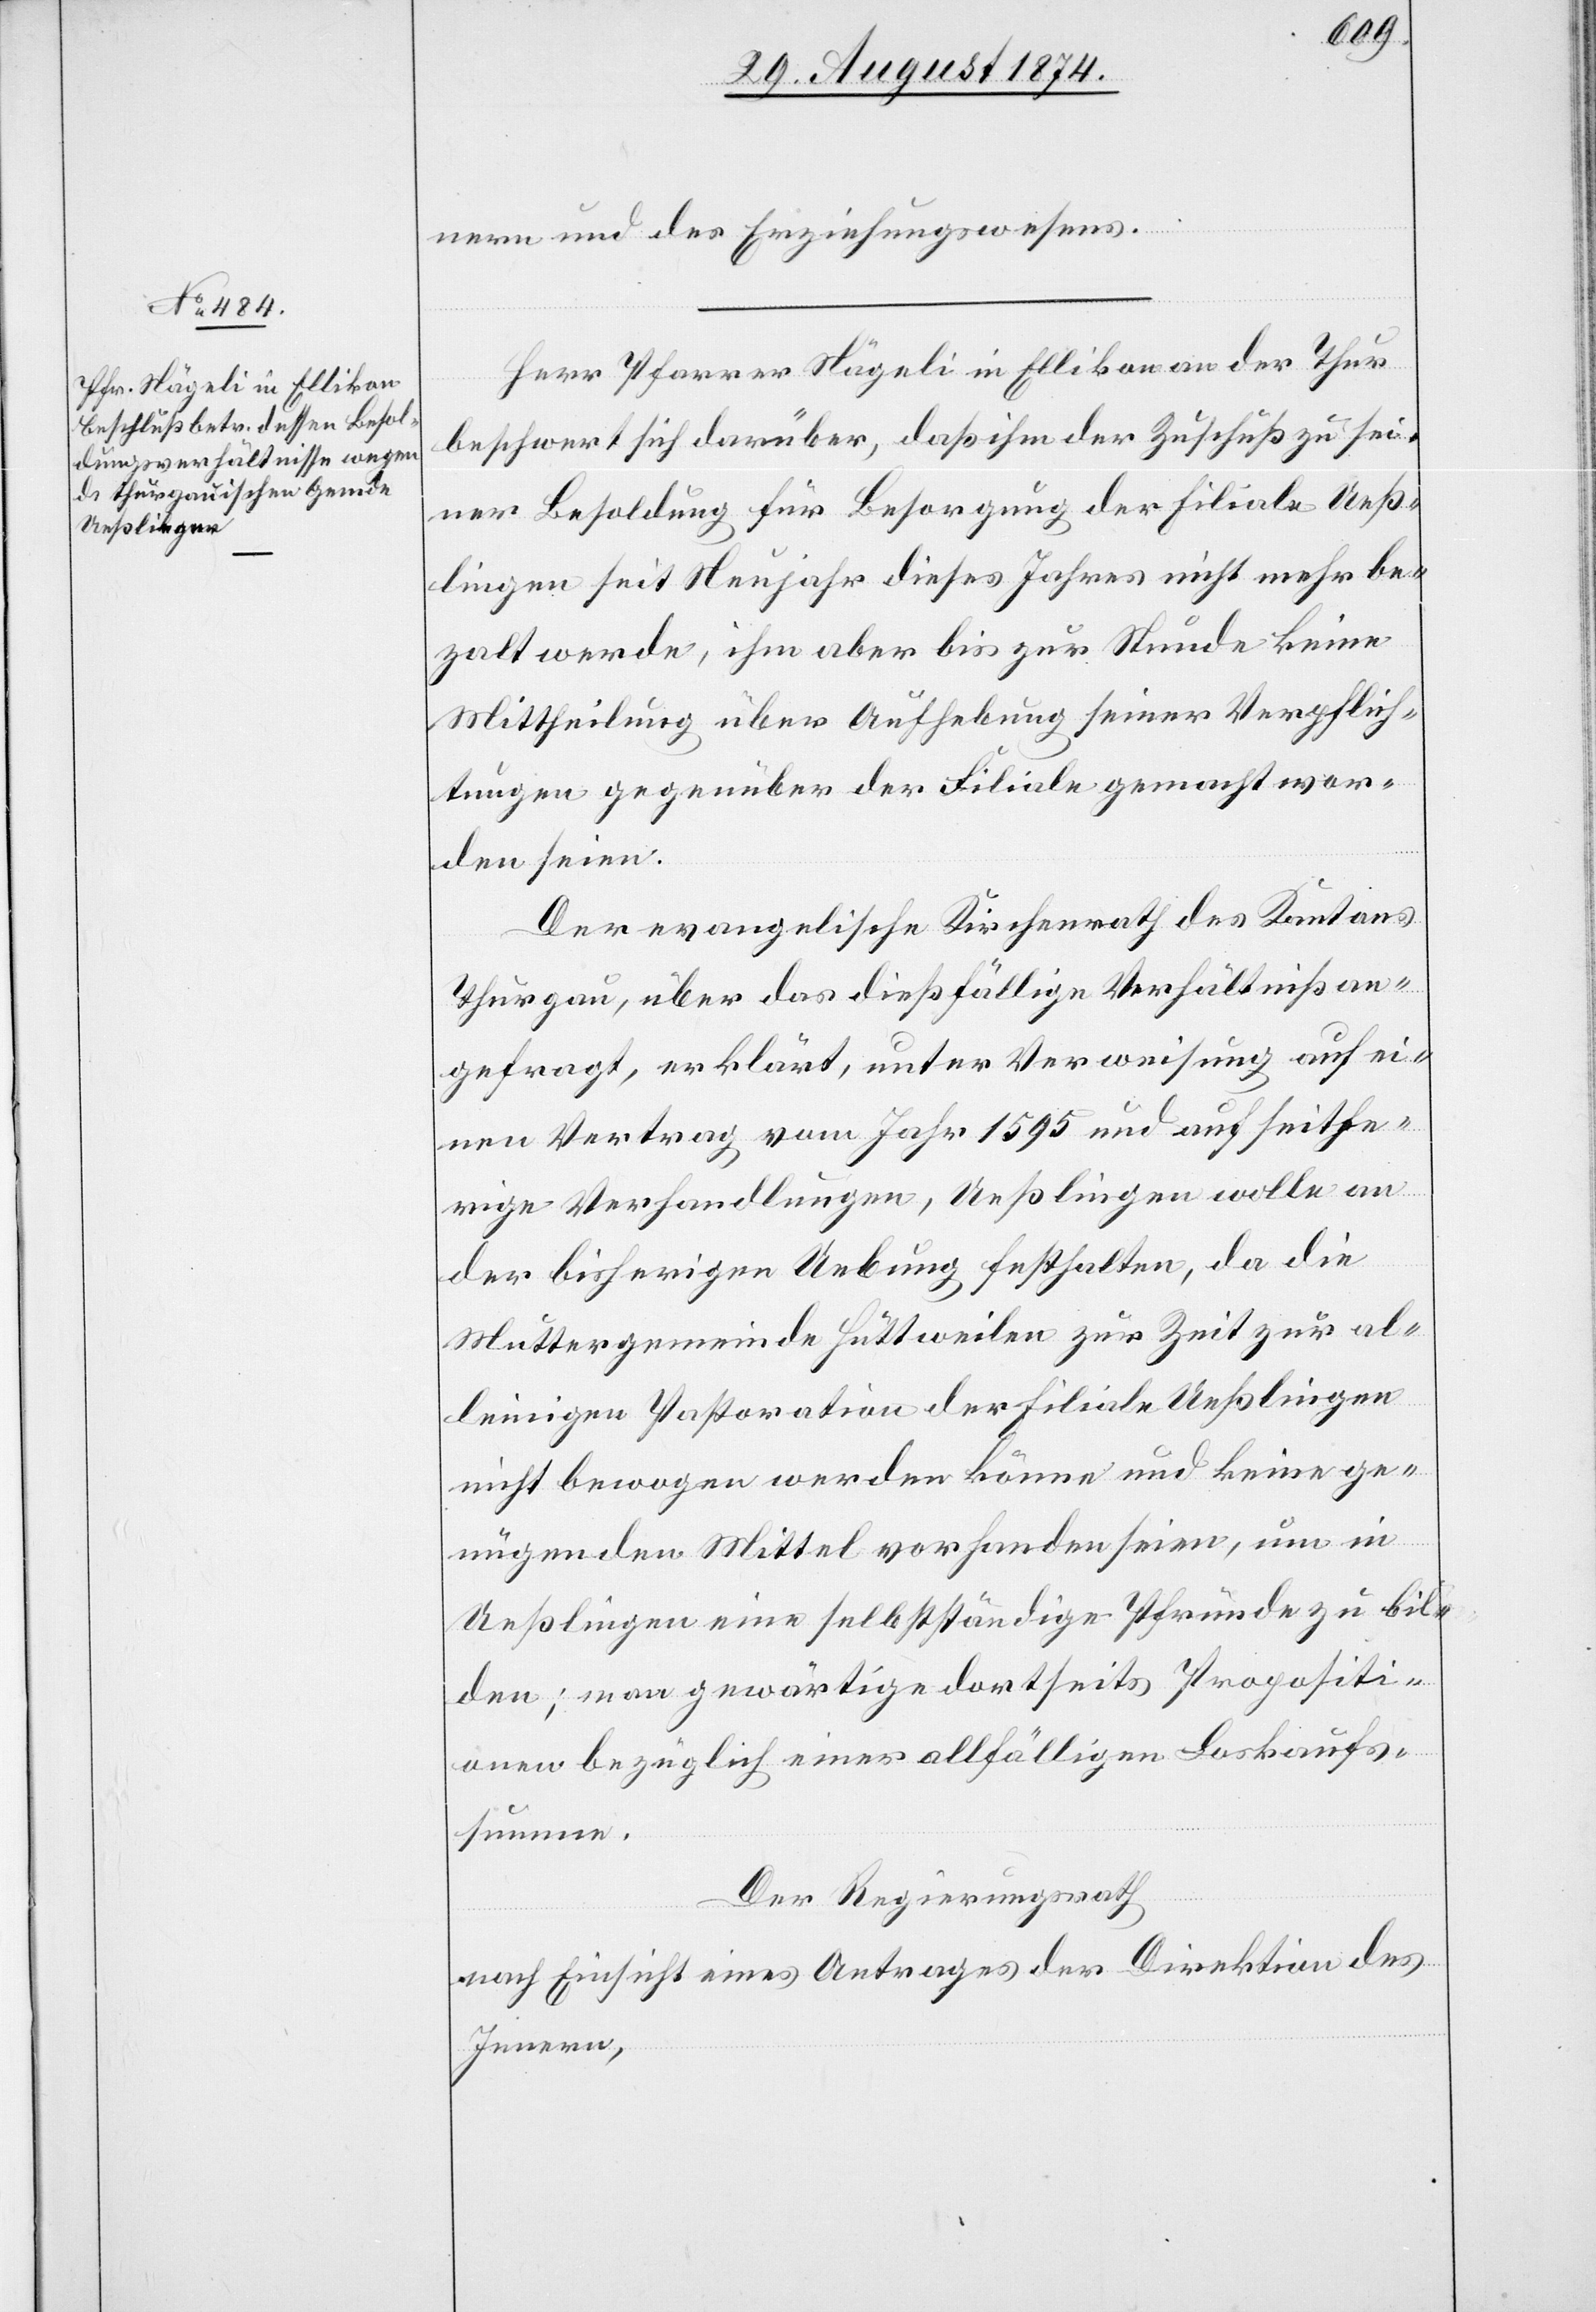
nern und des Erziehungswesens.
Herr Pfarrer Nägeli in Ellikon an der Thur
beschwert sich darüber, daß ihm der Zuschuß zu sei¬
ner Besoldung für Besorgung der Filiale Ueß¬
lingen seit Neujahr dieses Jahres nicht mehr be¬
zalt werde, ihm aber bis zur Stunde keine
Mittheilung über Aufhebung seiner Verpflich¬
tungen gegenüber der Filiale gemacht wor¬
den seien.
Der evangelische Kirchenrath des Kantons
Thurgau, über das dießfällige Verhältniß an¬
gefragt, erklärt, unter Verweisung auf ei¬
nen Vertrag vom Jahr 1595 und auf seithe¬
rige Verhandlungen, Ueßlingen wolle an
der bisherigen Uebung festhalten, da die
Muttergemeinde Huttweilen zur Zeit al¬
leinigen Pastoration der Filiale Ueßlingen
nicht bewogen werden könne und keine ge¬
nügenden Mittel vorhanden seien, um in
Ueßlingen eine selbstständige Pfründe zu bil¬
den; man gewärtige dortseits Propositi¬
onen bezüglich einer allfälligen Loskaufs¬
summe.
Der Regierungsrath
nach Einsicht eines Antrages der Direktion des
Innern,